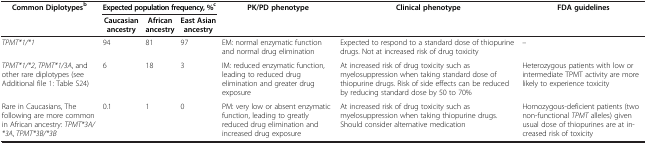
<table><thead><tr><td rowspan="2"><b>Common Diplotypes<sup>b</sup></b></td><td colspan="3"><b>Expected population frequency, %<sup>c</sup></b></td><td rowspan="2"><b>PK/PD phenotype</b></td><td rowspan="2"><b>Clinical phenotype</b></td><td rowspan="2"><b>FDA guidelines</b></td></tr><tr><td><b>Caucasian ancestry</b></td><td><b>African ancestry</b></td><td><b>East Asian ancestry</b></td></tr></thead><tbody><tr><td><i>TPMT*1/*1</i></td><td>94</td><td>81</td><td>97</td><td>EM: normal enzymatic function and normal drug elimination</td><td>Expected to respond to a standard dose of thiopurine drugs. Not at increased risk of drug toxicity</td><td>–</td></tr><tr><td><i>TPMT*1/*2</i>, <i>TPMT*1/3A</i>, and other rare diplotypes (see Additional file 1: Table S24)</td><td>6</td><td>18</td><td>3</td><td>IM: reduced enzymatic function, leading to reduced drug elimination and greater drug exposure</td><td>At increased risk of drug toxicity such as myelosuppression when taking standard dose of thiopurine drugs. Risk of side effects can be reduced by reducing standard dose by 50 to 70%</td><td>Heterozygous patients with low or intermediate TPMT activity are more likely to experience toxicity</td></tr><tr><td>Rare in Caucasians, The following are more common in African ancestry: <i>TPMT*3A/*3A</i>, <i>TPMT*3B/*3B</i></td><td>0.1</td><td>1</td><td>0</td><td>PM: very low or absent enzymatic function, leading to greatly reduced drug elimination and increased drug exposure</td><td>At increased risk of drug toxicity such as myelosuppression when taking thiopurine drugs. Should consider alternative medication</td><td>Homozygous-deficient patients (two non-functional <i>TPMT</i> alleles) given usual dose of thiopurines are at increased risk of toxicity</td></tr></tbody></table>